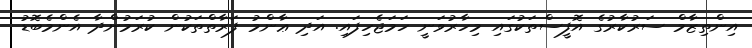
އިންތިޒާމް ސަރުކާރުގެ އޮފީސްތަކުގައި މިހާރުވަނީ ހަމަޖެހިފައި. އަދި ޢާންމު ފަރާތްތަކުން ކުރަމުންދާ އެންމެބޮޑު